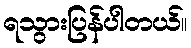
ရသွားပြန်ပါတယ်။